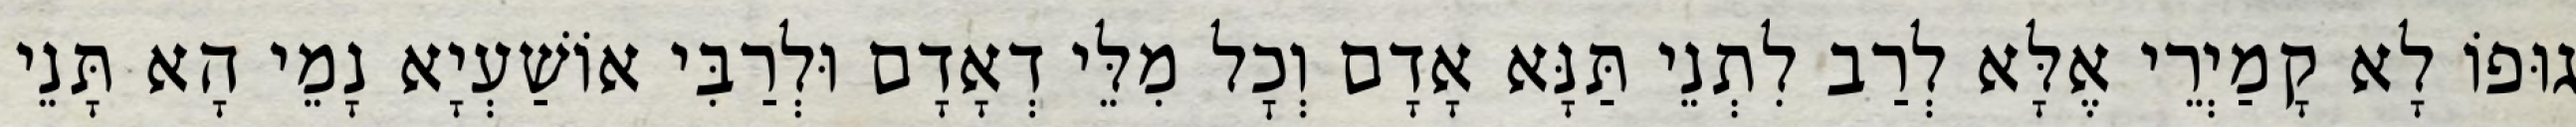
גוּפוֹ לָא קָמַיְרֵי אֶלָּא לְרַב לִתְנֵי תַּנָּא אָדָם וְכׇל מִלֵּי דְאָדָם וּלְרַבִּי אוֹשַׁעְיָא נָמֵי הָא תָּנֵי